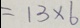
= 1 3 \times 6